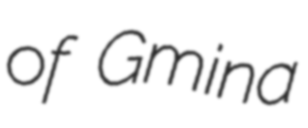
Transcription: of Gmina